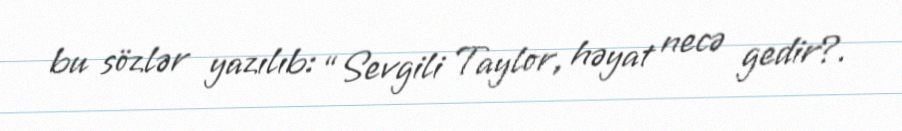
bu sözlər yazılıb: “Sevgili Taylor, həyat necə gedir?.